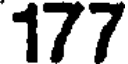
177